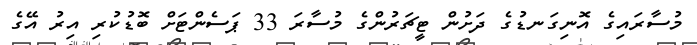
މުސާރައިގެ އޮނިގަނޑުގެ ދަށުން ޓީޗަރުންގެ މުސާރަ 33 ޕަސެންޓަށް ބޮޑުކުރި އިރު އޭގެ